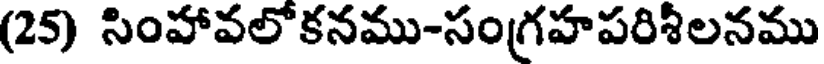
(25) సింహావలోకనము-సంగ్రహపరిశీలనము